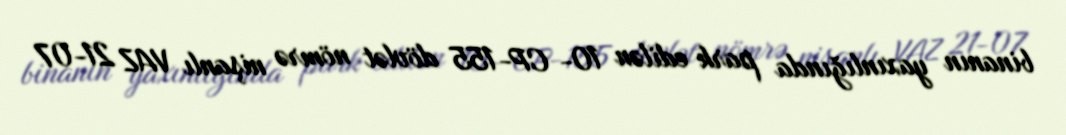
binanın yaxınlığında park edilən 10- CP-155 dövlət nömrə nişanlı VAZ 21-07